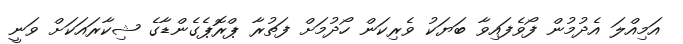
އަމިއްލަ އެދުމުން ފޯވެފައިވާ ބަޔަކު ވެރިކަން ހޯދުމަށް ފަތުރާ ޕްރޮޕެގެންޑާގެ ޝިކާރައަކަށް ވަނީ